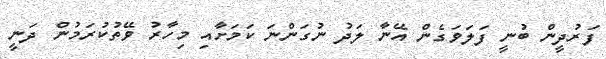
ފަރުދީން ބުނީ ފަލަވަގެން އޭނާ ލަދު ނުގަންނަ ކަމަށާއި މިހާރު ވޭތުކުރަމުން ދަނީ